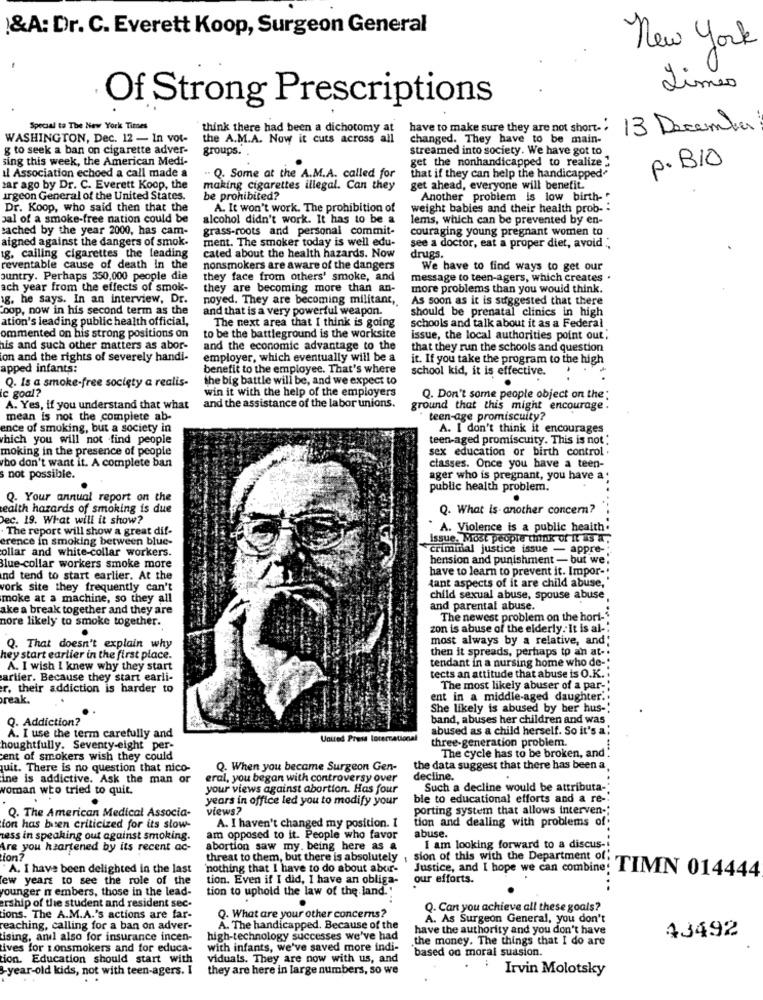
!&A: Dr. C. Everett Koop, Surgeon General
New York
Limes
Of Strong Prescriptions
Special to The New York Times
think there had been a dichotomy at
have to make sure they are not short."
13 December
WASHINGTON, Dec. 12 - In vor-
the A.M.A. Now it cuts across all
changed. They have to be main-
g to seek a ban on cigarette adver-
groups. .
streamed into society. We have got to
sing this week, the American Medi-
get the nonhandicapped to realize'
il Association echoed a call made a
p.B10
Q. Some at the A.M.A. called for
that if they can help the handicapped-
zar ago by Dr. C. Everett Koop, the
making cigarettes illegal. Can they
get ahead, everyone will benefit.
irgeon General of the United States.
be prohibited?
Another problem is low birth-
Dr. Koop, who said then that the
A. It won't work. The prohibition of
weight babies and their health prob --
pal of a smoke-free nation could be
alcohol didn't work. It has to be a
lems, which can be prevented by en-
cached by the year 2000, has cam-
grass-roots and personal commit-
couraging young pregnant women to
aigned against the dangers of smok.
ment. The smoker today is well edu-
see a doctor, eat a proper diet, avoid .;
g. cailing cigarettes the leading
cated about the health hazards. Now
drugs.
reventable cause of death In the
nonsmokers are aware of the dangers
We have to find ways to get our
auntry. Perhaps 350,000 people die
they face from others' smoke, and
message to teen-agers, which creates .
ach year from the effects of smok-
they are becoming more than an-
more problems than you would think.
g. he says. In an interview, Dr.
noyed. They are becoming militant,
As soon as it is suggested that there
Coop, now in his second term as the
and that is a very powerful weapon.
should be prenatal clinics in high
ation's leading public health official,
The next area that I think is going
schools and talk about it as a Federal
ommented on his strong positions on
to be the battleground is the worksite
issue, the local authorities point out,
his and such other matters as abor-
and the economic advantage to the
that they run the schools and question
ion and the rights of severely handi-
employer, which eventually will be a
it. If you take the program to the high
apped infants:
benefit to the employee. That's where
school kid, it is effective.
the big battle will be, and we expect to
c goal?
Q. Is a smoke-free socięty a realis-
win it with the help of the employers
Q. Don't some people object on the:
A. Yes, if you understand that what
and the assistance of the labor unions.
ground that this might encourage.
mean is not the complete ab-
teen-age promiscuity?
ence of smoking, but a society in
A. I don't think it encourages
which you will not find people
teen-aged promiscuity. This is not.
moking in the presence of people
sex education or birth control .
who don't want it. A complete ban
classes. Once you have a teen-
not possible.
ager who is pregnant, you have a
public health problem.
Q. Your annual report on the
.
ealth hazards of smoking is due
Q. What is another concern?
Dec. 19. What will it show?
The report will show a great dif-
` A. Violence is a public health.
erence in smoking between blue-
Issue. Most people think of It S .
ollar and white-collar workers.
criminal justice issue - appre-
hension and punishment - but we.
Blue-collar workers smoke more
have to learn to prevent it. Impor-'
nd tend to start earlier. At the
tant aspects of it are child abuse,
york site they frequently can't
moke at a machine, so they all
child sexual abuse, spouse abuse,
ake a break together and they are
and parental abuse.
nore likely to smoke together.
The newest problem on the hort-
zon is abuse of the elderly. It is al-
most always by a relative, and:
Q. That doesn't explain why
then it spreads, perhaps to an at -.
hey start earlier in the first place.
tendant in a nursing home who de-
A. I wish I knew why they start
artier. Because they start earli-
tects an attitude that abuse is O.K. .
r, their addiction is harder to
The most likely abuser of a par-'
reak.
ent in a middle-aged daughter ..
She likely is abused by ber hus-
Q. Addiction?
band, abuses her children and was
abused as a child herself. So it's a:
A. I use the term carefully and
United Press locercational
three-generation problem.
houghtfully. Seventy-eight per-
The cycle has to be broken, and!'
cent of smokers wish they could
quit. There is no question that nico-
Q. When you became Surgeon Gen-
the data suggest that there has been a.
ine is addictive. Ask the man or
eral, you began with controversy over
decline.
voman who tried to quit.
your views against abortion. Has four
Such a decline would be attributa-
years in office led you to modify your
ble to educational efforts and a re-
views?
porting system that allows interven -:
Q. The American Medical Associa-
tion and dealing with problems of.
fon has been criticized for its slow-
A. I haven't changed my position. I
ress in speaking out against smoking.
am opposed to it. People who favor
abuse.
Are you heartened by its recent ac-
abortion saw my. being here as &
I am looking forward to a discus-
fon?
threat to them, but there is absolutely
sion of this with the Department of;
A. I have been delighted in the last
nothing that I have to do about abur-
few years to see the role of the
tion. Even if I did, I have an obliga-
our efforts.
Justice, and I hope we can combine: TIMN 014444
younger n embers, those in the lead-
tion to uphold the law of the land."
ership of the student and resident sec-
Q. Can you achieve all these goals?
tions. The A.M.A.'s actions are far-
Q. What are your other concerns?
A. As Surgeon General, you don't
reaching, calling for a ban on adver-
A. The handicapped. Because of the
have the authority and you don't have
ising, and also for insurance incen-
high-technology successes we've had
the money. The things that I do are
43492
ives for nonsmokers and for educa-
with infants, we've saved more indi-
based on moral suasion.
tion. Education should start with
viduals. They are now with us, and
-year-old kids, not with teen-agers. I
they are here in large numbers, so we
Irvin Molotsky